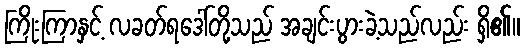
ကြိုးကြာနှင့် လခတ်ရဒေါ်တို့သည် အချင်းပွားခဲ့သည်လည်း ရှိ၏။